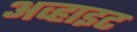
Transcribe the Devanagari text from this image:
अव्हाइट